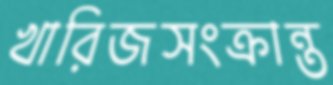
খারিজসংক্রান্ত